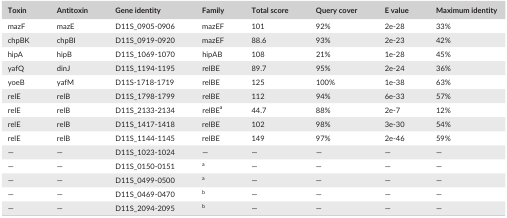
<table><thead><tr><td><b>Toxin</b></td><td><b>Antitoxin</b></td><td><b>Gene identity</b></td><td><b>Family</b></td><td><b>Total score</b></td><td><b>Query cover</b></td><td><b>E value</b></td><td><b>Maximum identity</b></td></tr></thead><tbody><tr><td>mazF</td><td>mazE</td><td>D11S_0905‐0906</td><td>mazEF</td><td>101</td><td>92%</td><td>2e‐28</td><td>33%</td></tr><tr><td>chpBK</td><td>chpBI</td><td>D11S_0919‐0920</td><td>mazEF</td><td>88.6</td><td>93%</td><td>2e‐23</td><td>42%</td></tr><tr><td>hipA</td><td>hipB</td><td>D11S_1069‐1070</td><td>hipAB</td><td>108</td><td>21%</td><td>1e‐28</td><td>45%</td></tr><tr><td>yafQ</td><td>dinJ</td><td>D11S_1194‐1195</td><td>relBE</td><td>89.7</td><td>95%</td><td>2e‐24</td><td>36%</td></tr><tr><td>yoeB</td><td>yafM</td><td>D11S‐1718‐1719</td><td>relBE</td><td>125</td><td>100%</td><td>1e‐38</td><td>63%</td></tr><tr><td>relE</td><td>relB</td><td>D11S_1798‐1799</td><td>relBE</td><td>112</td><td>94%</td><td>6e‐33</td><td>57%</td></tr><tr><td>relE</td><td>relB</td><td>D11S_2133‐2134</td><td>relBEa</td><td>44.7</td><td>88%</td><td>2e‐7</td><td>12%</td></tr><tr><td>relE</td><td>relB</td><td>D11S_1417‐1418</td><td>relBE</td><td>102</td><td>98%</td><td>3e‐30</td><td>54%</td></tr><tr><td>relE</td><td>relB</td><td>D11S_1144‐1145</td><td>relBE</td><td>149</td><td>97%</td><td>2e‐46</td><td>59%</td></tr><tr><td>—</td><td>—</td><td>D11S_1023‐1024</td><td>—</td><td>—</td><td>—</td><td>—</td><td>—</td></tr><tr><td>—</td><td>—</td><td>D11S_0150‐0151</td><td>a</td><td>—</td><td>—</td><td>—</td><td>—</td></tr><tr><td>—</td><td>—</td><td>D11S_0499‐0500</td><td>a</td><td>—</td><td>—</td><td>—</td><td>—</td></tr><tr><td>—</td><td>—</td><td>D11S_0469‐0470</td><td>b</td><td>—</td><td>—</td><td>—</td><td>—</td></tr><tr><td>—</td><td>—</td><td>D11S_2094‐2095</td><td>b</td><td>—</td><td>—</td><td>—</td><td>—</td></tr></tbody></table>